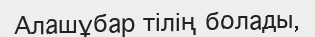
Алашұбар тілің болады‚